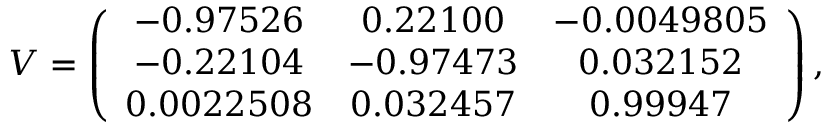
V = \left( \begin{array} { c c c } { { - 0 . 9 7 5 2 6 } } & { { 0 . 2 2 1 0 0 } } & { { - 0 . 0 0 4 9 8 0 5 } } \\ { { - 0 . 2 2 1 0 4 } } & { { - 0 . 9 7 4 7 3 } } & { { 0 . 0 3 2 1 5 2 } } \\ { { 0 . 0 0 2 2 5 0 8 } } & { { 0 . 0 3 2 4 5 7 } } & { { 0 . 9 9 9 4 7 } } \end{array} \right) ,